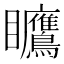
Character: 𪿅